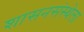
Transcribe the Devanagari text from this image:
शासनसंस्थेला